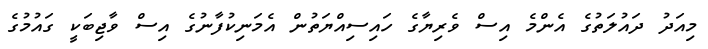
މިއަދު ދައުލަތުގެ އެންމެ އިސް ވެރިޔާގެ ހައިސިއްޔަތުން އެމަނިކުފާނުގެ އިސް ވާޖިބަކީ ގައުމުގެ